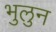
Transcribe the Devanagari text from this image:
भुलुन